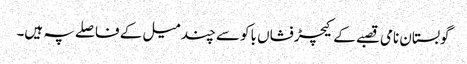
گوبستان نامی قصبے کے کیچڑفشاں باکو سے چند میل کے فاصلے پہ ہیں۔